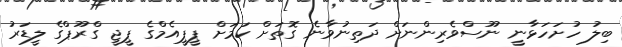
ބިލު ހުށަހަޅާނީ ނޫސްވެރިންނަށް ދަތިނުވާނެ ގޮތަށް ކަމަށް ޕީޕީއެމްގެ ޕީޖީ ގްރޫޕްގެ ލީޑަރު